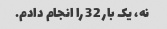
نه، یک بار 32 را انجام دادم.